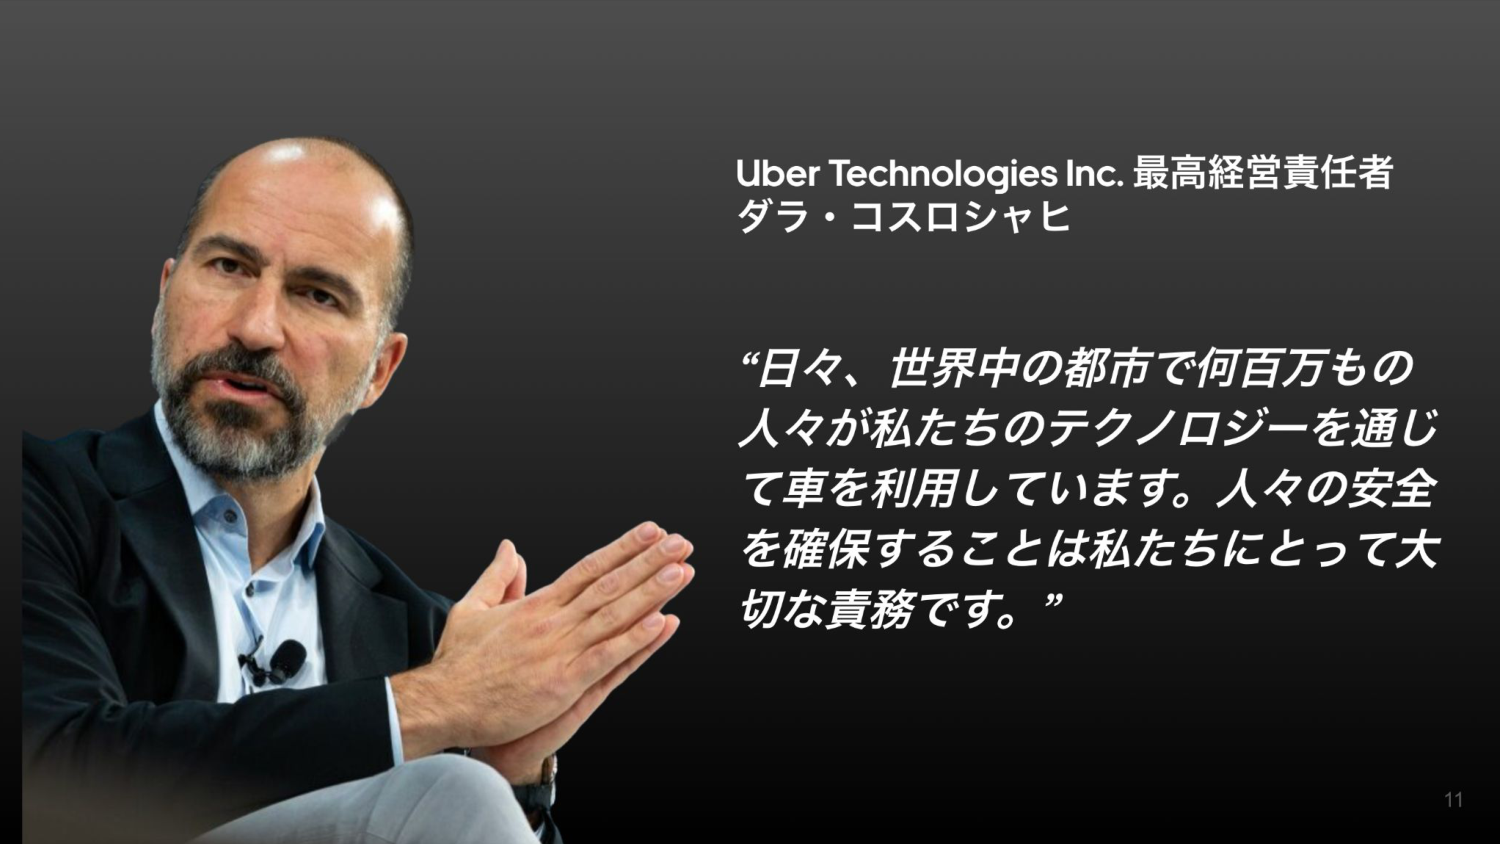
Uber Technologies Inc. 最高経営責任者
ダラ・コスロシャヒ

“日々、世界中の都市で何百万もの
人々が私たちのテクノロジーを通じ
て車を利用しています。人々の安全
を確保することは私たちにとって大
切な責務です。”

11